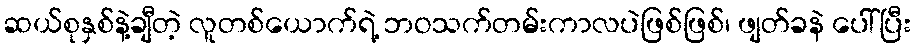
ဆယ်စုနှစ်နဲ့ချီတဲ့ လူတစ်ယောက်ရဲ့ ဘဝသက်တမ်းကာလပဲဖြစ်ဖြစ်၊ ဖျတ်ခနဲ ပေါ်ပြီး